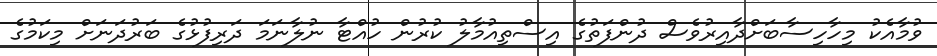
ވުމާއެކު މިހާހިސާބަށްދާއިރުވެސް ދުންފަތުގެ އިސްތިއުމާލު ކުރުން ހުއްޓާ ނުލާނަމަ ދަރިފުޅުގެ ބަރުދަނަށް މިކަމުގެ